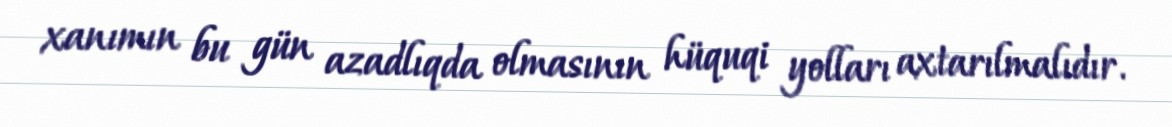
xanımın bu gün azadlıqda olmasının hüquqi yolları axtarılmalıdır.